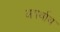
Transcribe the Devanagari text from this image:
अयर्थाथ